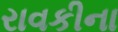
રાવકીના